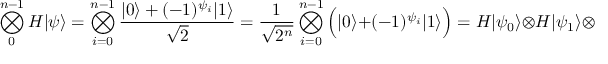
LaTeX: \bigotimes _ { 0 } ^ { n - 1 } H | \psi \rangle = \bigotimes _ { i = 0 } ^ { n - 1 } { \frac { | 0 \rangle + ( - 1 ) ^ { \psi _ { i } } | 1 \rangle } { \sqrt { 2 } } } = { \frac { 1 } { \sqrt { 2 ^ { n } } } } \bigotimes _ { i = 0 } ^ { n - 1 } { \Big ( } | 0 \rangle + ( - 1 ) ^ { \psi _ { i } } | 1 \rangle { \Big ) } = H | \psi _ { 0 } \rangle \otimes H | \psi _ { 1 } \rangle \otimes \cdots \otimes H | \psi _ { n - 1 } \rangle